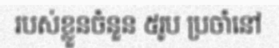
របស់ខ្លួនចំនួន ៥រូប ប្រចាំនៅ